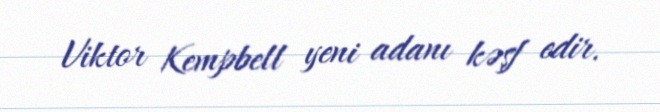
Viktor Kempbell yeni adanı kəşf edir.